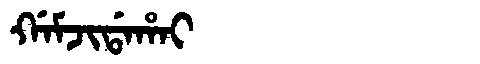
Manchu: ᡤᠠᠮᠵᡳᡩᠠᡥᠠᡳ
Romanization: GAMJIDAHAI